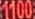
1100